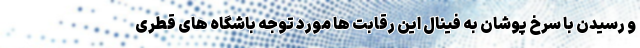
و رسیدن با سرخ پوشان به فینال این رقابت ها مورد توجه باشگاه های قطری